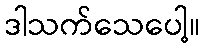
ဒါသက်သေပေါ့။